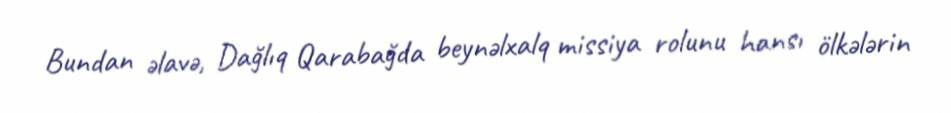
Bundan əlavə, Dağlıq Qarabağda beynəlxalq missiya rolunu hansı ölkələrin